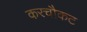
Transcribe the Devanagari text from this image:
करचौकट